Vaccination report Assam 1874-1896 - 1874-1896
Year: 1874
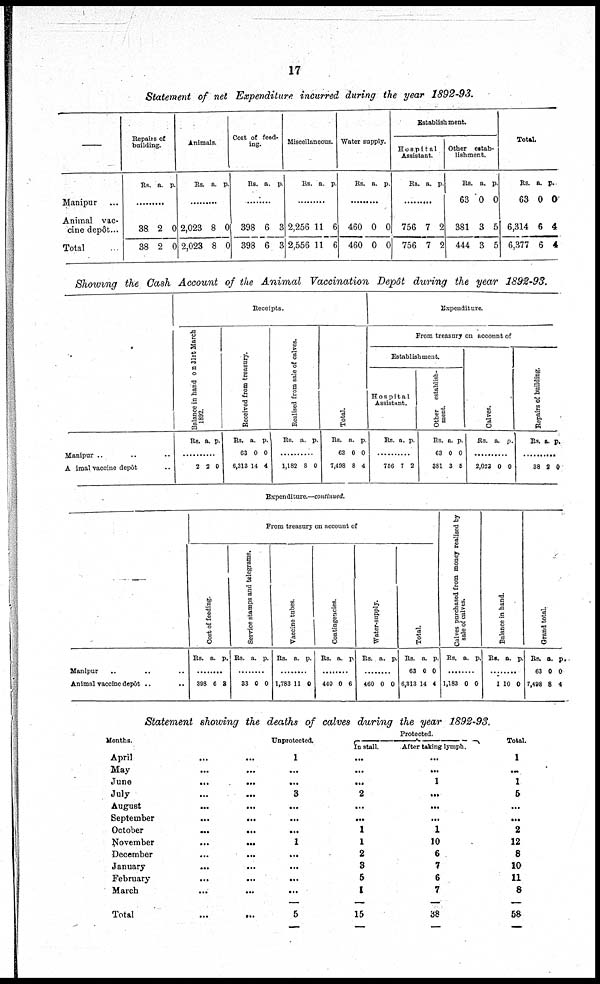
17
Statement of net Expenditure incurred during the year 1892-93.
—
Manipur ...
Animal vac-
cine depôt...
Total
Repairs of
building.
Rs. a. p.
.........
38
38
2
2
0
0
Animals.
Rs. a. p.
.........
2,023
2,023
8
8
0
0
Cost of feed-
ing.
Rs. a. p.
.........
398
398
6
6
3
3
Miscellaneous.
Rs. a. p.
.........
2,256
2,556
11
11
6
6
Water supply.
Rs. a. p.
.........
460
460
0
0
0
0
Establishment.
Hospital
Assistant.
Rs. a. p.
.........
756
756
7
7
2
2
Other estab-
lishment.
Rs.
63
381
444
a.
0
3
3
p.
0
5
5
Total
Rs.
63
6,314
6,377
a.
0
6
6
p.
0
4
4
Showing the Cash Account of the Animal Vaccination Depôt during the year 1892-93.
Manipur .. .. ..
Animal vaccine depôt ..
Receipts.
Balance in hand on 31st March
1892.
Rs. a. p.
............
2 2 0
Received from treasury.
Rs.
63
6,313
a.
0
14
p.
0
4
Realised from sale of calves.
Rs. a. p.
..............
1,182 8 0
Total.
Rs.
63
7,498
a.
0
8
p.
0
4
Expenditure.
From treasury on account of
Establishment.
Hospital
Assistant.
Rs a. p.
............
756 7 2
Other establish-
ment.
Rs.
63
381
a.
0
3
p.
0
5
Calves.
Rs. a. p.
............
2,022 0 0
Repairs of building.
Rs. a. p.
............
38 2 0
Expenditure.—continued.
—
Manipur .. .. ..
Animal vaccine depôt .. ..
From treasury on account of
Cost of feeding.
Rs. a. p.
........
398 6 3
Service stamps and telegrams.
Rs. a. p.
........
33 0 0
Vaccine tubes.
Rs. a. p.
........
1,783 11 0
Contingencies.
Rs. a. p.
..........
440 0 6
Water-supply.
Rs. a. p.
..........
460 0 0
Total.
Rs.
63
6,313
a.
0
14
p.
0
4
Calves purchased from money realised by
sale of calves.
Rs. a. p.
........
1,183 0 0
Balance in hand.
Rs. a. p.
..........
1 10 0
Grand total
Rs.
63
7,498
a.
0
8
p.
0
4
Statement showing the deaths of calves during the year 1892-93.
Months.
April ... ...
May ... ...
June
...
...
July ... ...
August
...
...
September
...
...
October
...
...
November
...
...
December ... ...
January ... ...
February
...
...
March
...
...
Total ... ...
Unprotected.
1
...
...
3
...
...
...
1
...
...
...
...
5
Protected.
In stall
...
...
...
2
...
...
1
1
2
3
5
1
15
After taking lymph.
...
...
1
...
...
...
1
10
6
7
6
7
38
Total.
1
...
1
5
...
...
2
12
8
10
11
8
58